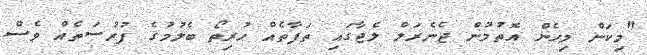
"މިކަން މިހެން އޮތުމުން ޖެނެރަލް ލެޖާގައި ތަފާތެއް ހުރިތޯ ބެލުމުގެ ފުރުސަތެއް ވެސް